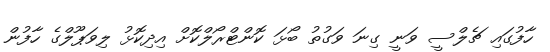
ހާފުގައި ޗެލްސީ ވަނީ ގިނަ ވަގުތު ބޯޅަ ކޮންޓްރޯލްކޮށް އިދިކޮޅު ލިވަޕޫލްގެ ހާފުން